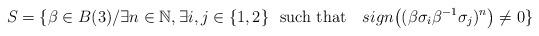
LaTeX: \begin{align*}S=\{\beta\in B(3)\slash \exists n\in\mathbb{N}, \exists i,j\in\{1,2\}\ \ \mbox{such that}\ \ \ sign\big((\beta\sigma_i\beta^{-1}\sigma_j)^n\big)\neq 0\}\end{align*}